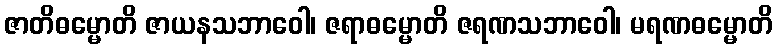
ဇာတိဓမ္မောတိ ဇာယနသဘာဝေါ၊ ဇရာဓမ္မောတိ ဇရဏသဘာဝေါ၊ မရဏဓမ္မောတိ